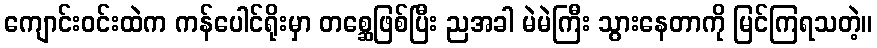
ကျောင်းဝင်းထဲက ကန်ပေါင်ရိုးမှာ တစ္ဆေဖြစ်ပြီး ညအခါ မဲမဲကြီး သွားနေတာကို မြင်ကြရသတဲ့။